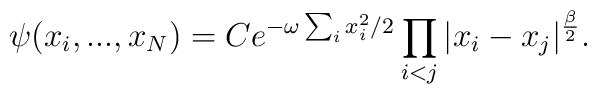
\psi(x_i,...,x_N) = C e^{-\omega\sum_i x_i^2/2} \prod_{i<j} |x_i -x_j|^{\beta\over 2}.